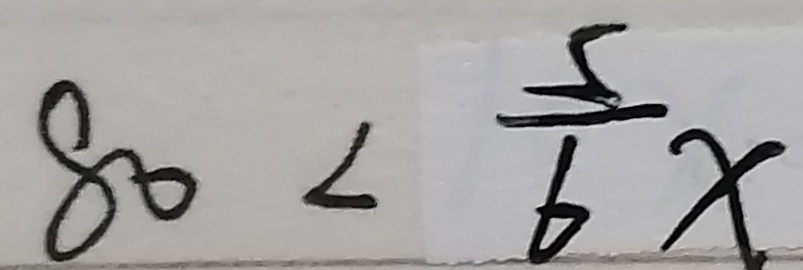
8 0 < \frac { 5 } { 6 } x